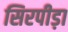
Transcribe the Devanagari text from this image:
सिरपीड़ा